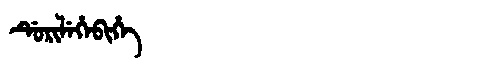
Manchu: ᡩᡠᡵᡳᠯᡝᡥᡝᠪᡳᡥᡝ
Romanization: DURILEHEBIHE